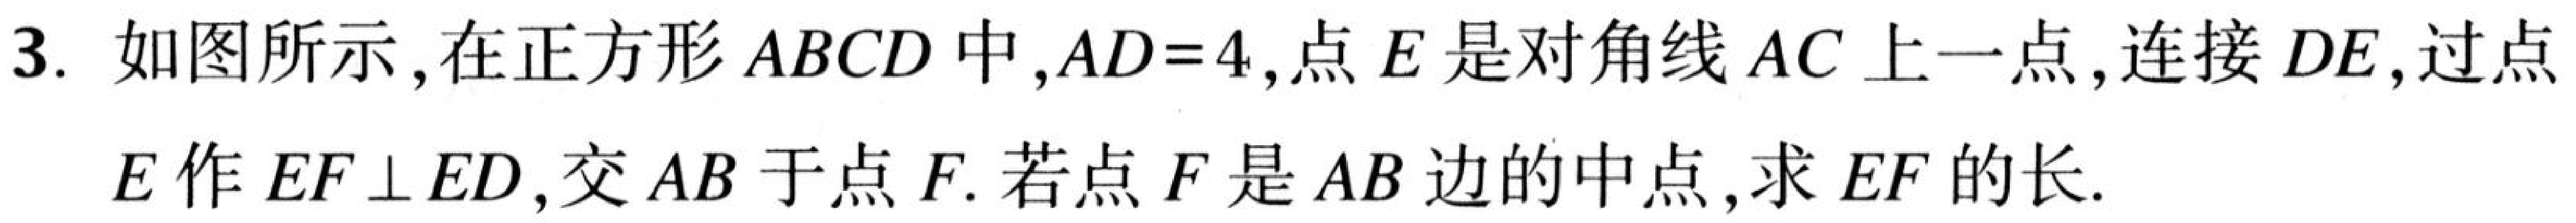
3. 如图所示,在正方形\(ABCD\)中,\(AD = 4\),点\(E\)是对角线\(AC\)上一点,连接\(DE\),过点
\(E\)作\(EF\perp ED\),交\(AB\)于点\(F\). 若点\(F\)是\(AB\)边的中点,求\(EF\)的长.